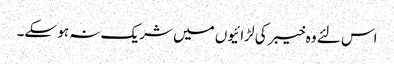
اس لئے وہ خیبر کی لڑائیوں میں شریک نہ ہو سکے۔